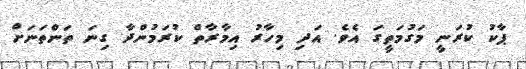
ޕާކު ކުރަނީ މަގުމަތީގަ އެވެ. އަދި މިހާރު އިމާރާތް ކުރަމުންދާ ގިނަ ތަންތަނަަށް